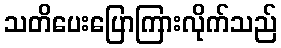
သတိပေးပြောကြားလိုက်သည်